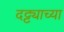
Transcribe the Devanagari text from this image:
दट्ट्याच्या